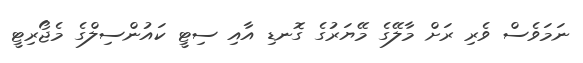
ނަމަވެސް ވެރި ރަށް މާލޭގެ މޭޔަރުގެ ގޮނޑި އާއި ސިޓީ ކައުންސިލްގެ މެޖޯރިޓީ